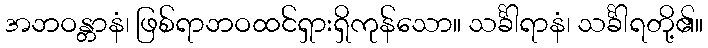
အဘဝန္တာနံ၊ ဖြစ်ရာဘဝထင်ရှားရှိကုန်သော။ သင်္ခါရာနံ၊ သင်္ခါရတို့၏။